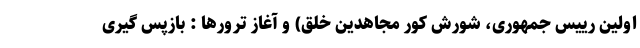
اولین رییس جمهوری، شورش کور مجاهدین خلق) و آغاز ترورها : بازپس گیری